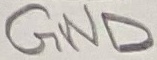
Text: GND